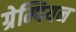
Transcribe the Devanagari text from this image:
ग्रेम्पियन